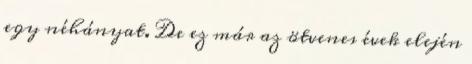
egy néhányat. De ez már az ötvenes évek elején